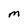
Character: M